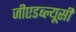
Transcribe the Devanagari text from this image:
जीएडब्ल्यूसी